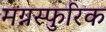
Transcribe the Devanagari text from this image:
मग्नस्फुरिक